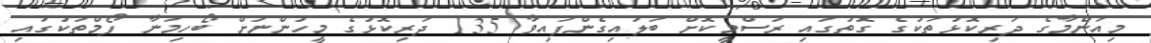
މިއަންމާގެ ދަރިކޮޅުތަކުގެ ގޮތުގައި ރަސްމީކޮށް ބަލައިގެންފައިވާ 135 ދަރިކޮޅުގެ މީހުންނަށް ބޯހިމަނާ ފޯމްތަކުގައި